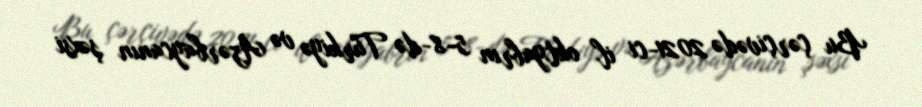
Bu çərçivədə 2021-ci il oktyabrın 5-8-də Türkiyə və Azərbaycanın şəxsi